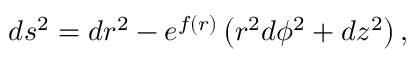
d s ^ { 2 } = d r ^ { 2 } - e ^ { f ( r ) } \left( r ^ { 2 } d \phi ^ { 2 } + d z ^ { 2 } \right) ,